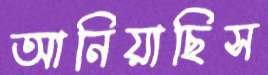
আনিয়াছিস